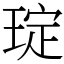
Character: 琔